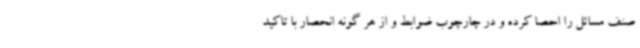
صنف مسائل را احصا کرده و در چارچوب ضوابط و از هر گونه انحصار با تاکید